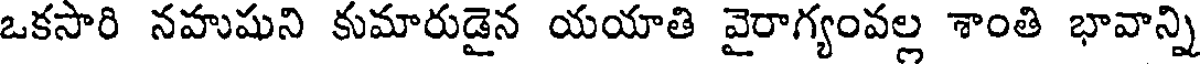
ఒకసారి నహుషుని కుమారుడైన యయాతి వైరాగ్యంవల్ల శాంతి భావాన్ని